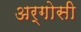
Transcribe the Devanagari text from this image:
अर्गोसी